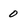
Character: 0